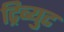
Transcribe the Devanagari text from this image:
ट्रिब्युट